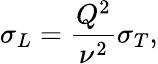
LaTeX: \sigma_{L}=\frac{Q^{2}}{\nu^{2}}\sigma_{T},